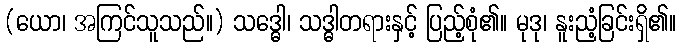
(ယော၊ အကြင်သူသည်။) သဒ္ဓေါ၊ သဒ္ဓါတရားနှင့် ပြည့်စုံ၏။ မုဒု၊ နူးညံ့ခြင်းရှိ၏။